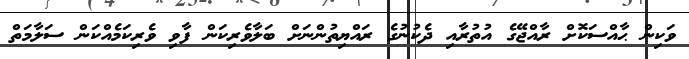
ވަކިން ޙާއްސަކޮށް ރާއްޖޭގެ އުތުރާއި ދެކުނުގެ ރައްޔިތުންނަށް ބަލާވެރިކަން ފާވި ވެރިކަމެއްކަން ސަލާމަތް